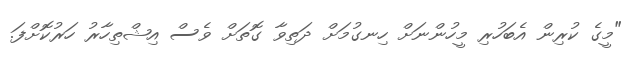
"މީގެ ކުރިން އެބަހުރި މީހުންނަށް ހިނގުމަށް ދަތިވާ ގޮތަށް ވެސް އިޝްތިހާރު ހަރުކޮށްފަ.